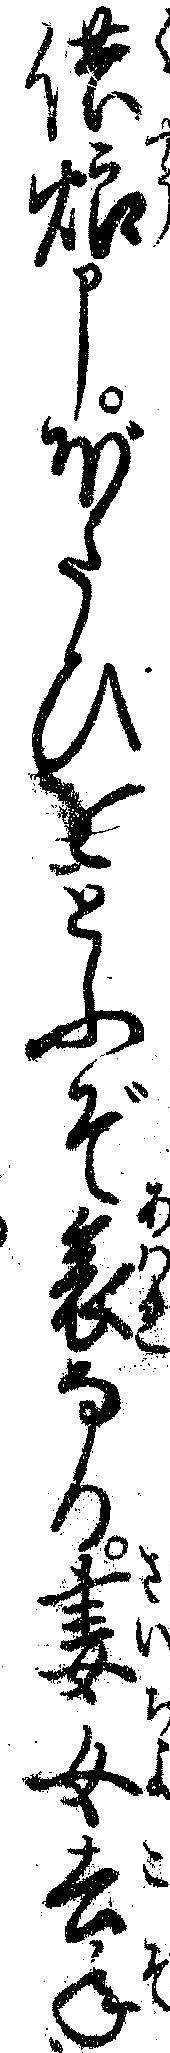
供養申ぼたひをとふぞ哀なる妻女去年